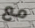
مع